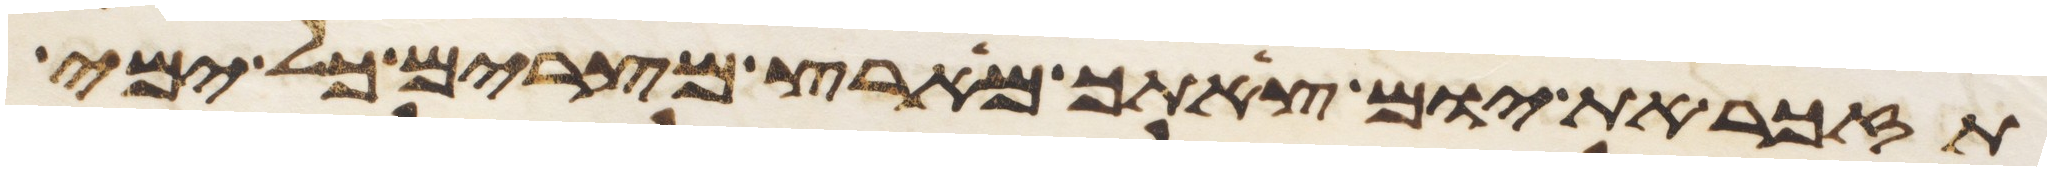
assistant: תזכר את יום צאתך מארץ מצרים כל ימי